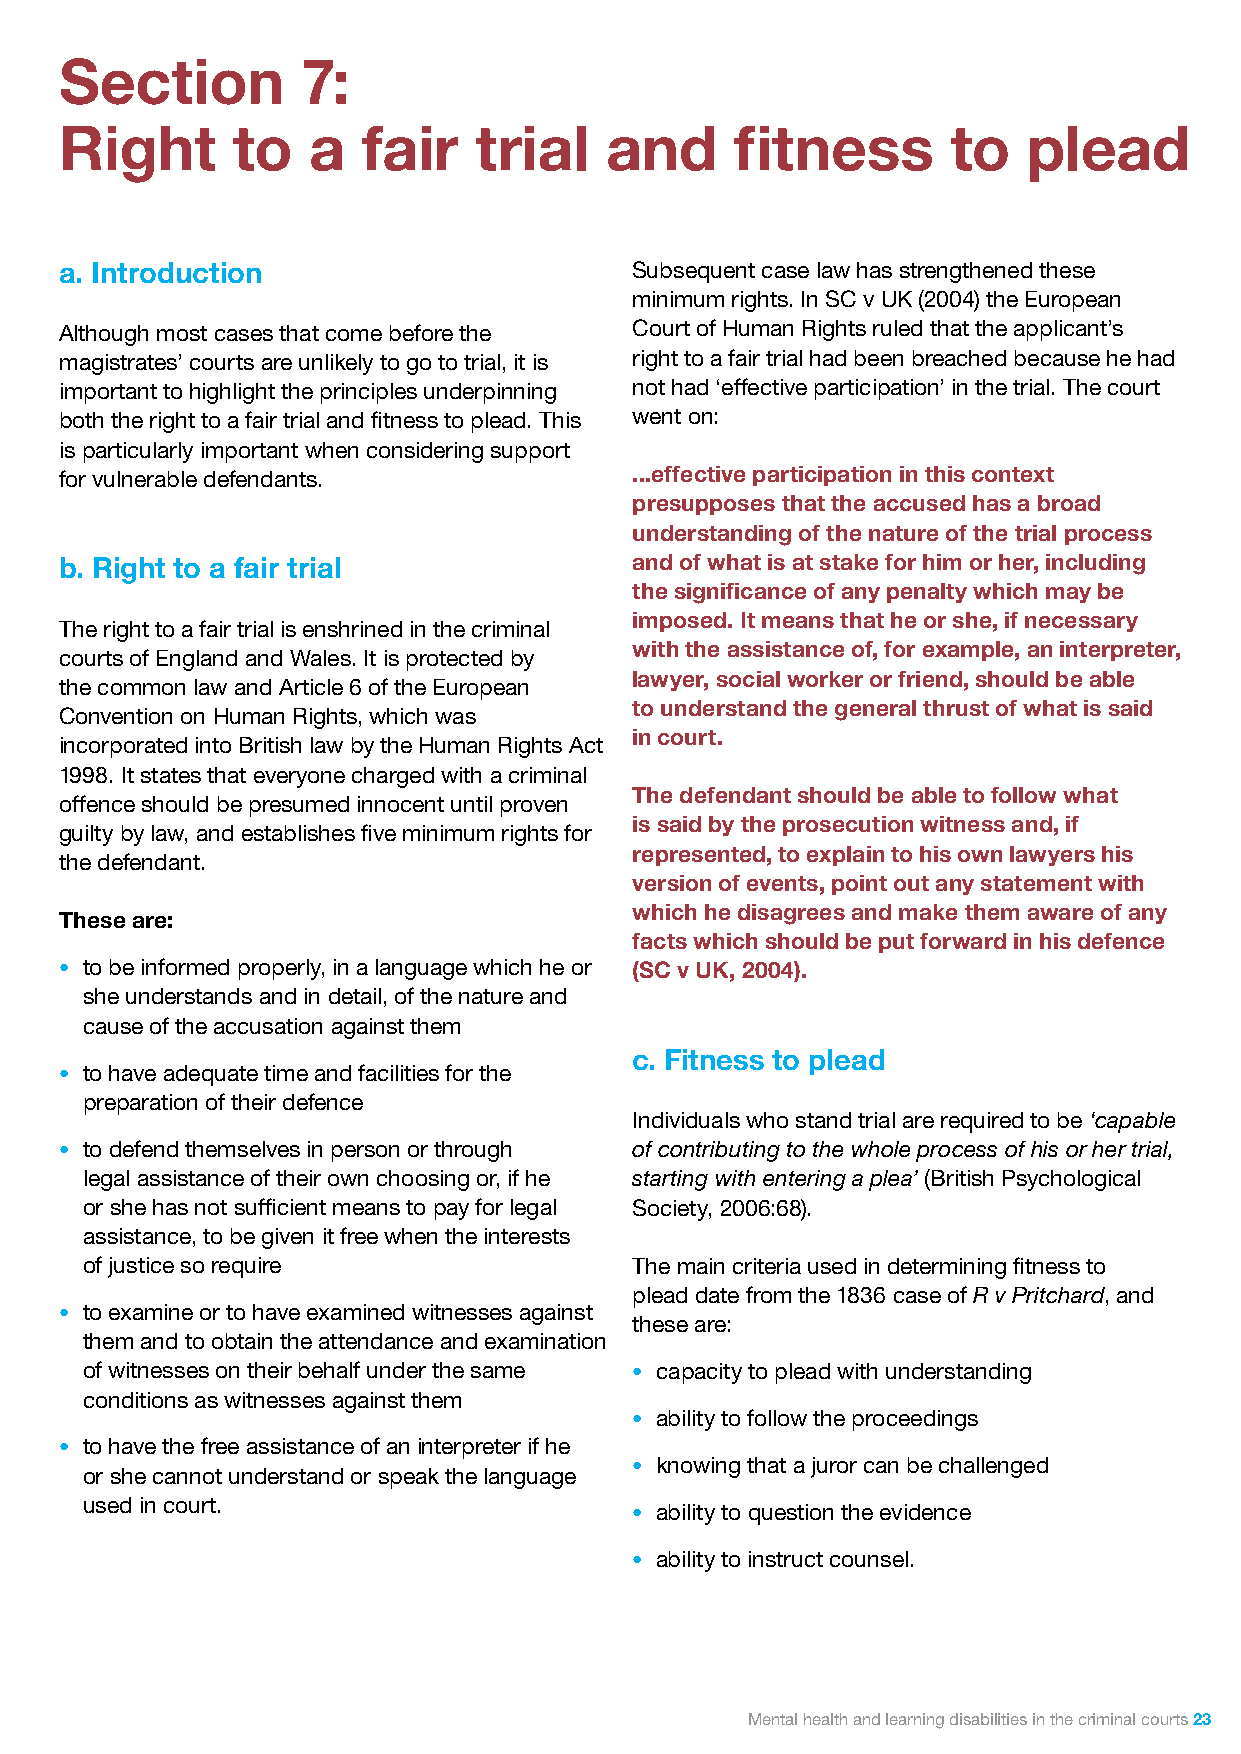
Section         7:
 Right      to   a   fair   trial    and      fitness       to   plead
 a. Introduction                       Subsequent case law has strengthened these
 minimum rights. In SC v UK (2004) the European
 Although most cases that come before the Court of Human Rights ruled that the applicant’s
 magistrates’ courts are unlikely to go to trial, it is right to a fair trial had been breached because he had
 important to highlight the principles underpinning not had ‘effective participation’ in the trial. The court
 both the right to a fair trial and fitness to plead. This went on:
 is particularly important when considering support
 for vulnerable defendants.            ...effective participation in this context
 presupposes that the accused has a broad
 understanding of the nature of the trial process
 b. Right to a fair trial              and of what is at stake for him or her, including
 the significance of any penalty which may be
 imposed. It means that he or she, if necessary
 The right to a fair trial is enshrined in the criminal
 with the assistance of, for example, an interpreter,
 courts of England and Wales. It is protected by
 lawyer, social worker or friend, should be able
 the common law and Article 6 of the European
 to understand the general thrust of what is said
 Convention on Human Rights, which was
 in court.
 incorporated into British law by the Human Rights Act
 1998. It states that everyone charged with a criminal
 The defendant should be able to follow what
 offence should be presumed innocent until proven
 is said by the prosecution witness and, if
 guilty by law, and establishes five minimum rights for
 represented, to explain to his own lawyers his
 the defendant.
 version of events, point out any statement with
 which he disagrees and make them aware of any
 These are:
 facts which should be put forward in his defence
 • to be informed properly, in a language which he or (SC v UK, 2004).
 she understands and in detail, of the nature and
 cause of the accusation against them
 c. Fitness to plead
 • to have adequate time and facilities for the
 preparation of their defence
 Individuals who stand trial are required to be ‘capable
 • to defend themselves in person or through of contributing to the whole process of his or her trial,
 legal assistance of their own choosing or, if he starting with entering a plea’ (British Psychological
 or she has not sufficient means to pay for legal Society, 2006:68).
 assistance, to be given it free when the interests
 of justice so require                The main criteria used in determining fitness to
 plead date from the 1836 case of R v Pritchard, and
 • to examine or to have examined witnesses against
 these are:
 them and to obtain the attendance and examination
 of witnesses on their behalf under the same • capacity to plead with understanding
 conditions as witnesses against them
 • ability to follow the proceedings
 • to have the free assistance of an interpreter if he
 • knowing that a juror can be challenged
 or she cannot understand or speak the language
 used in court.
 • ability to question the evidence
 • ability to instruct counsel.
 Mental health and learning disabilities in the criminal courts 23